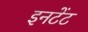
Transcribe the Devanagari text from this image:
इनटेंट